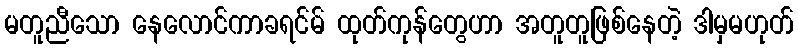
မတူညီသော နေလောင်ကာခရင်မ် ထုတ်ကုန်တွေဟာ အတူတူဖြစ်နေတဲ့ ဒါမှမဟုတ်